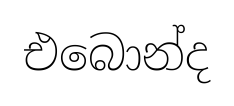
එබොන්ද